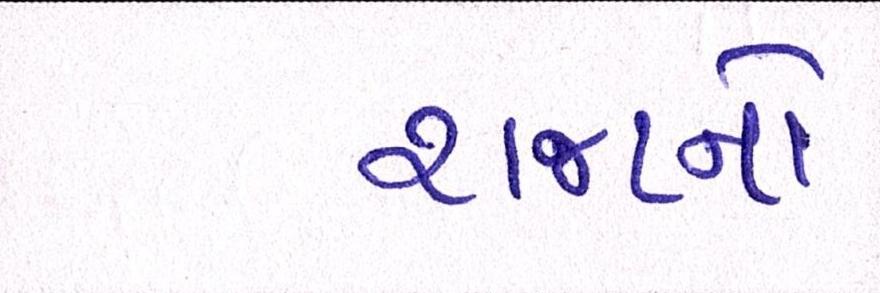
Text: રાજાનો